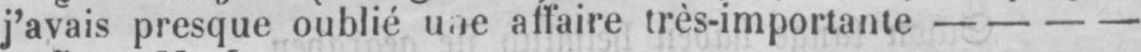
affaire très-importante - - - -